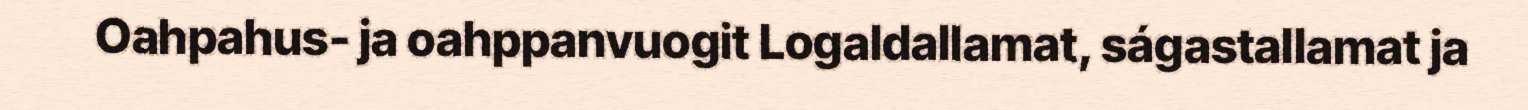
Oahpahus- ja oahppanvuogit Logaldallamat, ságastallamat ja